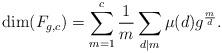
LaTeX: \begin{align*}\dim (F_{g,c})=\sum_{m=1}^c \frac{1}{m}\sum_{d\mid m}\mu(d)g^{\frac{m}{d}}.\end{align*}